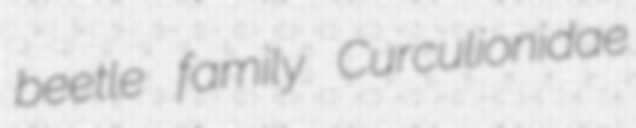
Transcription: beetle family Curculionidae